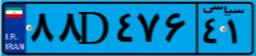
۲۷D۹۱۰۲۰